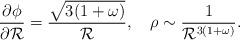
LaTeX: \begin{align*}\frac{\partial \phi}{\partial {\cal R}}= \frac{\sqrt {3(1+\omega)}}{{\cal R}},~~~\rho \sim \frac{1}{{\cal R}^{3(1+\omega)}}.\end{align*}